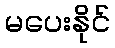
မပေးနိုင်